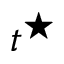
t ^ { \star }